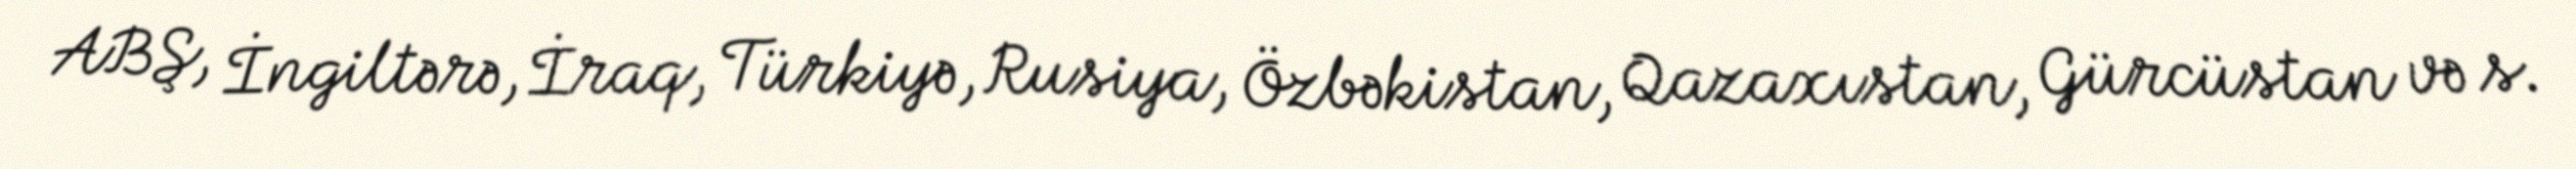
ABŞ, İngiltərə, İraq, Türkiyə, Rusiya, Özbəkistan, Qazaxıstan, Gürcüstan və s.